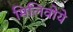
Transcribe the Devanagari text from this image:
मिलिवोये